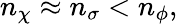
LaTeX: n_{\chi}\approx n_{\sigma}<n_{\phi},